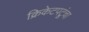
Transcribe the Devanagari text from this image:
क्रिकेटपटूंचा